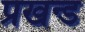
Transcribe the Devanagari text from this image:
प्रखन्ड